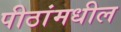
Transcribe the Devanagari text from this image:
पीठांमधील